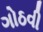
ગોઠવી